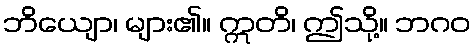
ဘိယျော၊ များ၏။ ဣတိ၊ ဤသို့။ ဘဂဝ